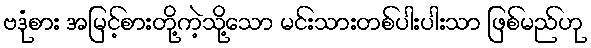
ဗဒုံစား အမြင့်စားတို့ကဲ့သို့သော မင်းသားတစ်ပါးပါးသာ ဖြစ်မည်ဟု